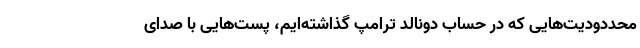
محددودیت‌هایی که در حساب دونالد ترامپ گذاشته‌ایم، پست‌هایی با صدای